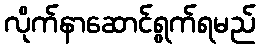
လိုက်နာဆောင်ရွက်ရမည်